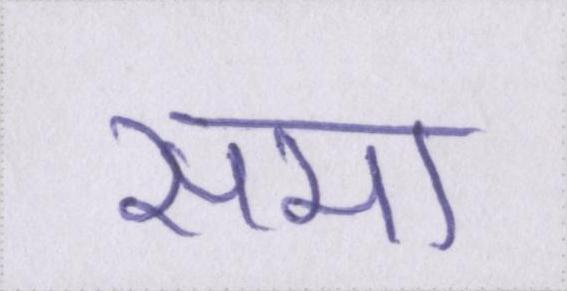
समा